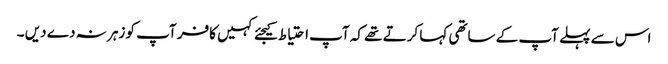
اس سے پہلے آپ کے ساتھی کہا کرتے تھے کہ آپ احتیاط کیجئے کہیں کافر آپ کو زہر نہ دے دیں ۔